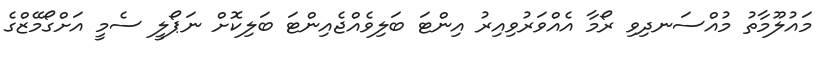
މައުލޫމާތު މުއްސަނދިވި ރޯމާ އެއްވަރުވިއިރު އިންޓަ ބަލިވެއްޖެއިންޓަ ބަލިކޮށް ނަޕޯލީ ސެމީ އަށްގޯމޭޒްގެ